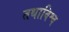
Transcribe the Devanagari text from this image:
तथाविश्व